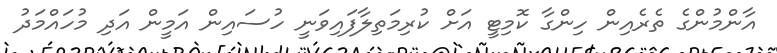
އާންމުންގެ ތެރެއިން ހިންގާ ކޮމިޓީ އަށް ކުރިމަތިލާފައިވަނީ ހުސައިން އަމީން އަދި މުހައްމަދު